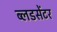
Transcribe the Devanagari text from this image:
ब्लडसेंटर